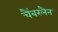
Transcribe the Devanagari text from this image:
चैंबरलैन